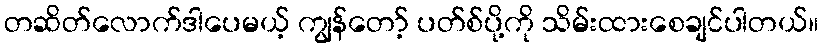
တဆိတ်လောက်ဒါပေမယ့် ကျွန်တော့် ပတ်စ်ပို့ကို သိမ်းထားစေချင်ပါတယ်။